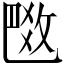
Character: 𢽼